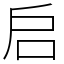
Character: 启